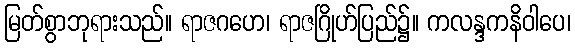
မြတ်စွာဘုရားသည်။ ရာဇဂဟေ၊ ရာဇဂြိုဟ်ပြည်၌။ ကလန္ဒကနိဝါပေ၊